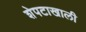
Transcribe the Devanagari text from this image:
शेपटाखाली